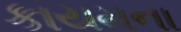
કાયમના